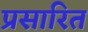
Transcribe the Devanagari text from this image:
प्रसारित